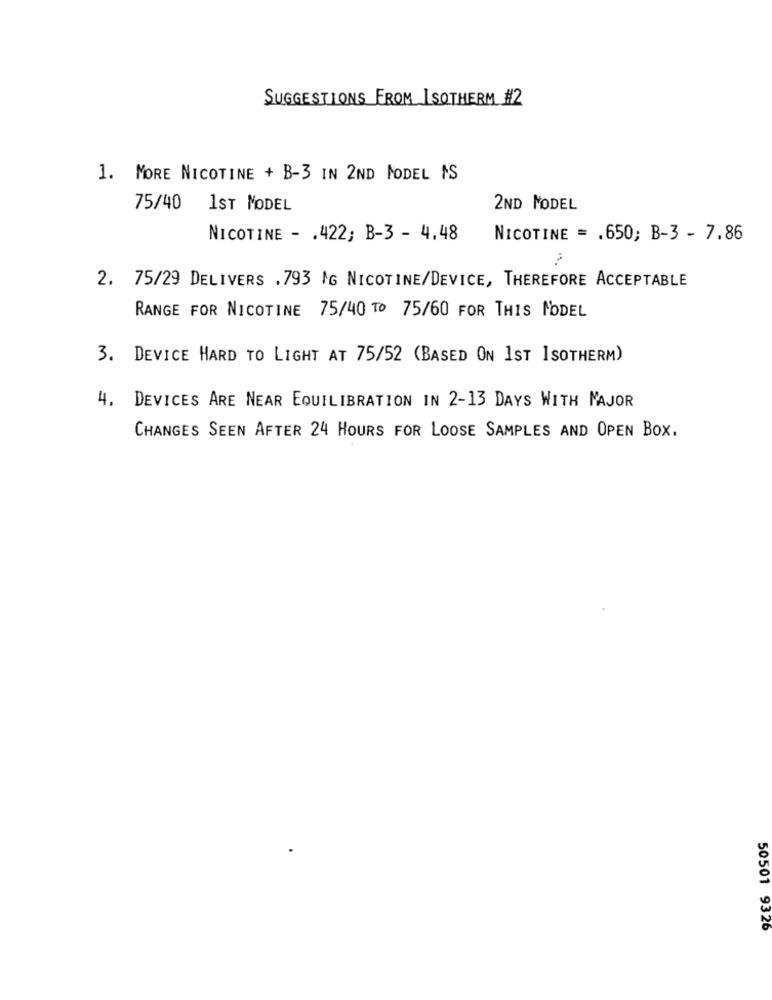
SUGGESTIONS FROM ISOTHERM #2
1. MORE NICOTINE + B-3 IN 2ND MODEL IS
75/40 1ST MODEL
2ND MODEL
NICOTINE - . 422; B-3 - 4.48
NICOTINE = . 650; B-3 - 7.86
2. 75/29 DELIVERS .793 MG NICOTINE/DEVICE, THEREFORE ACCEPTABLE
RANGE FOR NICOTINE 75/40 TO 75/60 FOR THIS MODEL
3. DEVICE HARD TO LIGHT AT 75/52 (BASED ON 1ST ISOTHERM)
4. DEVICES ARE NEAR EQUILIBRATION IN 2-13 DAYS WITH MAJOR
CHANGES SEEN AFTER 24 HOURS FOR LOOSE SAMPLES AND OPEN BOX.
50501 9326